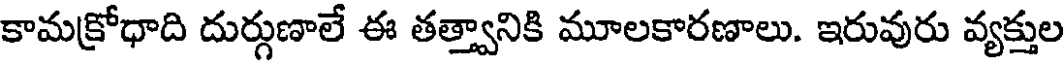
కామక్రోధాది దుర్గుణాలే ఈ తత్త్వానికి మూలకారణాలు. ఇరువురు వ్యక్తుల